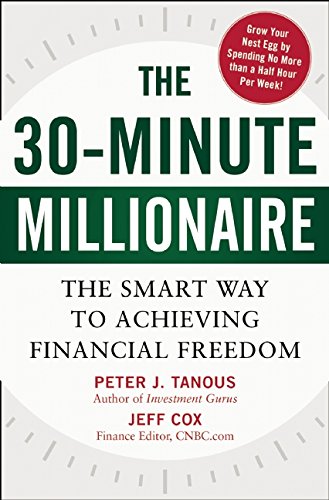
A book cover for The 30-Minute Millionaire: The Smart Ways to Achieving Financial Freedom; Peter Tanous; Business & Money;